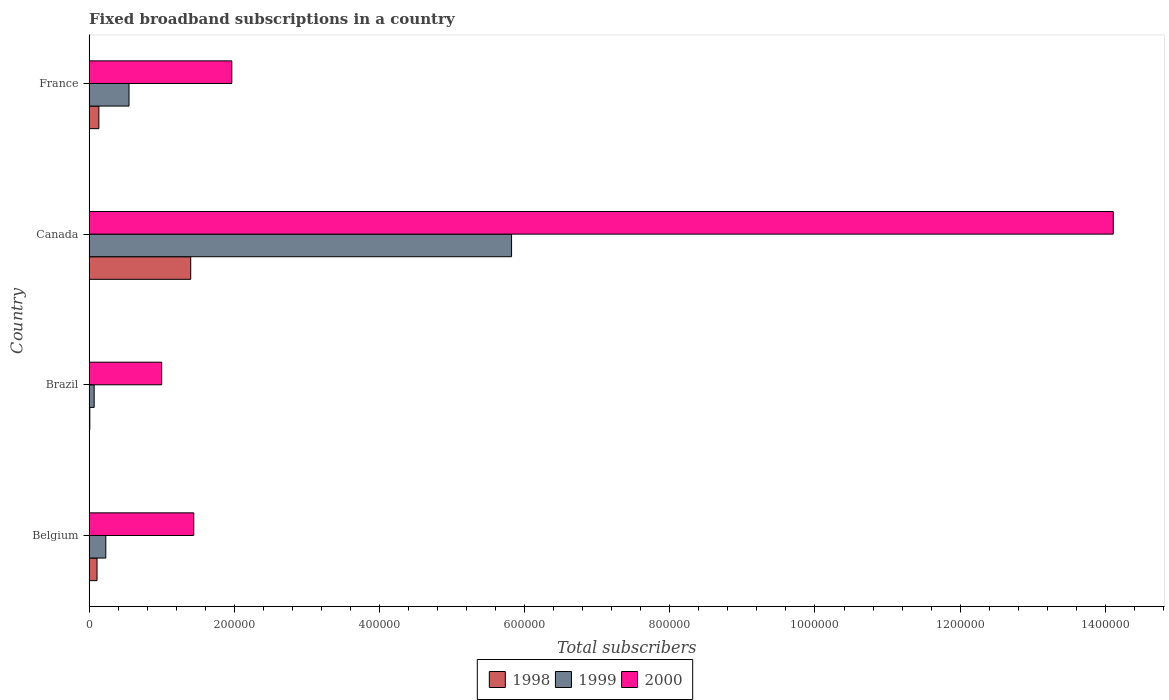
| Country | 1998 | 1999 | 2000 |
 | --- | --- | --- | --- |
 | Belgium | 1.09e+04 | 2.3e+04 | 1.44e+05 |
 | Brazil | 1e+03 | 7e+03 | 1e+05 |
 | Canada | 1.4e+05 | 5.82e+05 | 1.41e+06 |
 | France | 1.35e+04 | 5.5e+04 | 1.97e+05 |